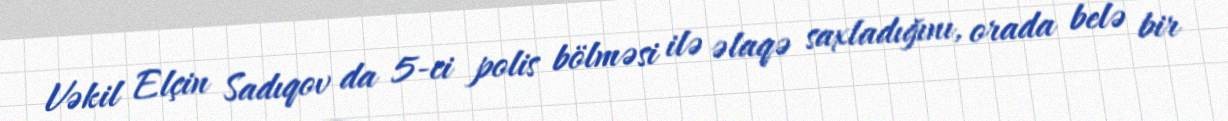
Vəkil Elçin Sadıqov da 5-ci polis bölməsi ilə əlaqə saxladığını, orada belə bir